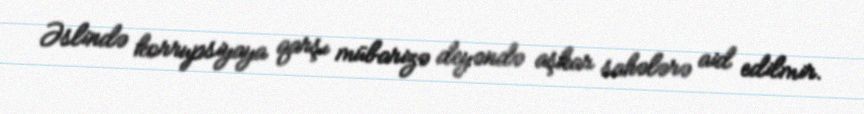
Əslində korrupsiyaya qarşı mübarizə deyəndə aşkar sahələrə aid edilmir.